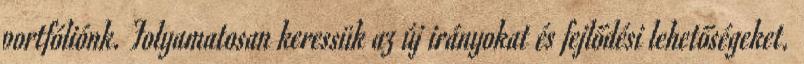
portfóliónk. Folyamatosan keressük az új irányokat és fejlődési lehetőségeket.